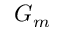
G _ { m }